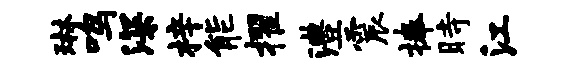
琳鸣深梓能擢澧震捧时江